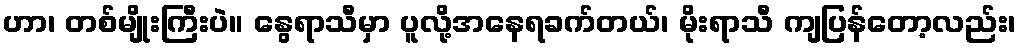
ဟာ၊ တစ်မျိုးကြီးပဲ။ နွေရာသီမှာ ပူလို့အနေရခက်တယ်၊ မိုးရာသီ ကျပြန်တော့လည်း၊